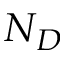
N _ { D }